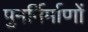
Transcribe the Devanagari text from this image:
पुनर्निर्माणों